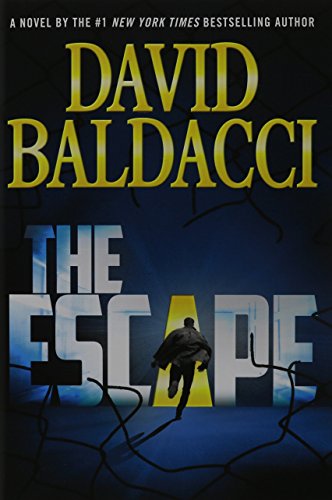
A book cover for The Escape (John Puller Series); David Baldacci; Mystery, Thriller & Suspense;